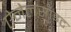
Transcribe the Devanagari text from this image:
ऐनेलसाइट